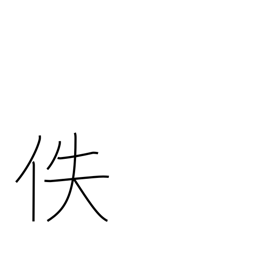
Meaning: lost